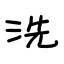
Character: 洗